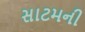
સાટમની